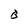
Character: B